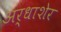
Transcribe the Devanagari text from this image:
अर्धाशेर